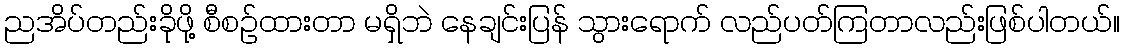
ညအိပ်တည်းခိုဖို့ စီစဉ်ထားတာ မရှိဘဲ နေချင်းပြန် သွားရောက် လည်ပတ်ကြတာလည်းဖြစ်ပါတယ်။